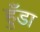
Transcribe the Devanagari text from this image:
हुँडा